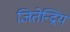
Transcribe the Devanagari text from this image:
जितेन्द्रियं